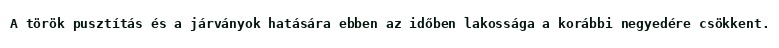
A török pusztítás és a járványok hatására ebben az időben lakossága a korábbi negyedére csökkent.